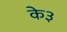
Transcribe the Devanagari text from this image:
के३